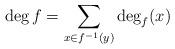
LaTeX: \begin{align*} \deg f=\sum\limits_{x\in f^{-1}(y)} \deg_f (x)\end{align*}